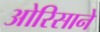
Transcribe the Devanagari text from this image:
ओरिसाने